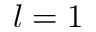
l = 1